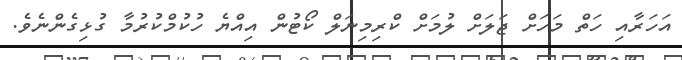
އަހަރާއި ހަތް މަހަށް ޖަލަށް ލުމަށް ކްރިމިނަލް ކޯޓުން އިއްޔެ ހުކުމްކުރުމާ ގުޅިގެންނެވެ.